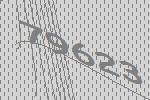
79623